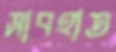
সাবহাত